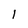
Character: l